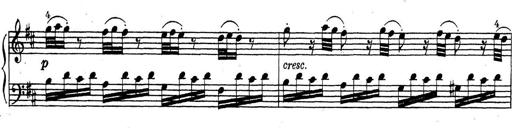
Title: ÄŒeskÃ© Sonatiny
Composer: Various